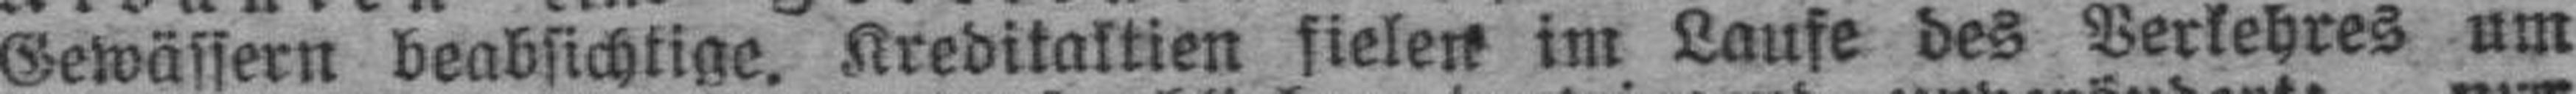
Gewässern beabsichtige. Kreditaktien sielen im Laufe des Verkehres um